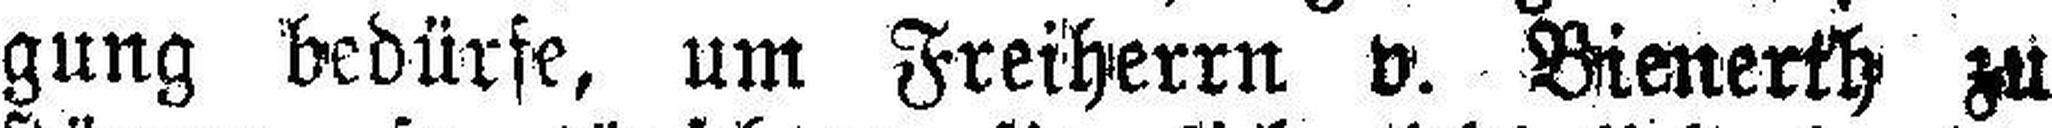
gung bedürfe, um Freiherrn v. Bienerth zu